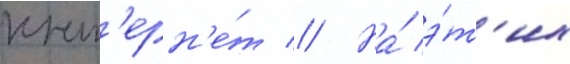
инт'ерн'е́т // На́ э́т'их